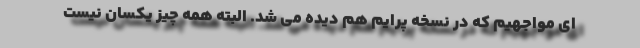
ای مواجهیم که در نسخه پرایم هم دیده می شد. البته همه چیز یکسان نیست